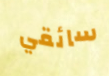
سائقي